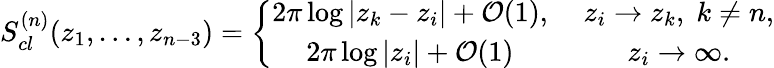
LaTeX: S_{cl}^{(n)}(z_{1},\ldots,z_{n-3})=\left\{ \begin{array}{cc}{{2\pi\log|z_{k}-z_{i}|+{\cal O}(1),\; }}&{{z_{i}\to z_{k},\; k\ne n,}}\\ {{2\pi\log|z_{i}|+{\cal O}(1)\; }}&{{z_{i}\to\infty.}}\end{array}\right.